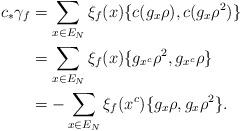
LaTeX: \begin{align*}c_* \gamma_f & = \sum_{x \in E_N} \xi_f(x) \{c(g_x \rho),c(g_x \rho^2)\}\\& = \sum_{x \in E_N} \xi_f(x) \{g_{x^c} \rho^2,g_{x^c} \rho\}\\& = - \sum_{x \in E_N} \xi_f(x^c) \{g_x \rho,g_x \rho^2\}.\end{align*}